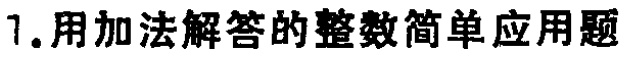
1.用加法解答的整数简单应用题